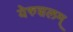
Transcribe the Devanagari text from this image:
येरुशलम्